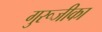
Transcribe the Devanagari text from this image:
गुरूजीका